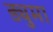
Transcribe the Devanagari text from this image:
ड्युमा